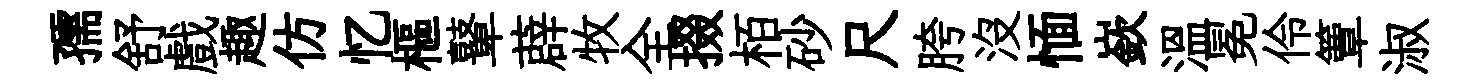
孺舒戲趣仿忆樞鼙薜牧全掇栢砂尺胯没愐嶔溫冕伶簟淑